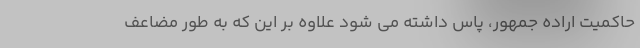
حاکمیت اراده جمهور، پاس داشته می شود علاوه بر این که به طور مضاعف